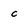
Character: c